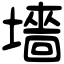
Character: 墻